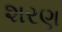
શરણ